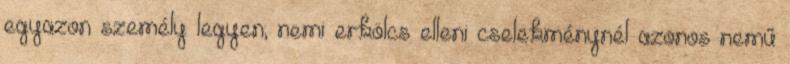
egyazon személy legyen; nemi erkölcs elleni cselekménynél azonos nemű